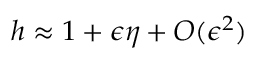
h \approx 1 + \epsilon \eta + O ( \epsilon ^ { 2 } )